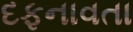
દફનાવતા